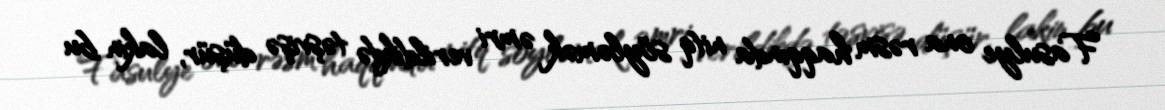
Fasulye ona rəsm haqqında nitq söyləmək əmri verildikdə təşvişə düşür, lakin bu